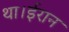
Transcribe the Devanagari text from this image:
था।ईरान